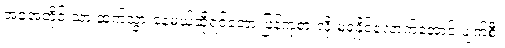
အခုအတိုင်းသာ ဆက်သွားနေမယ်ဆိုရင်တော့ ပြန်ကုစားလို့ မရနိုင်လောက်အောင် ပျက်စီး